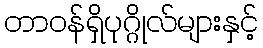
တာဝန်ရှိပုဂ္ဂိုလ်များနှင့်